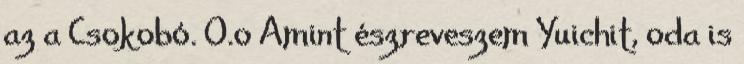
az a Csokobó. O.o Amint észreveszem Yuichit, oda is